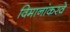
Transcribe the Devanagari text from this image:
विमानांकरवे